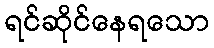
ရင်ဆိုင်နေရသော